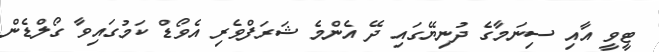
ޓީވީ އާއި ސިނަމާގެ ދުނިޔޭގައި ދޭ އެންމެ ޝަރަފްވެރި އެވޯޑް ކަމުގައިވާ ގޯލްޑެން